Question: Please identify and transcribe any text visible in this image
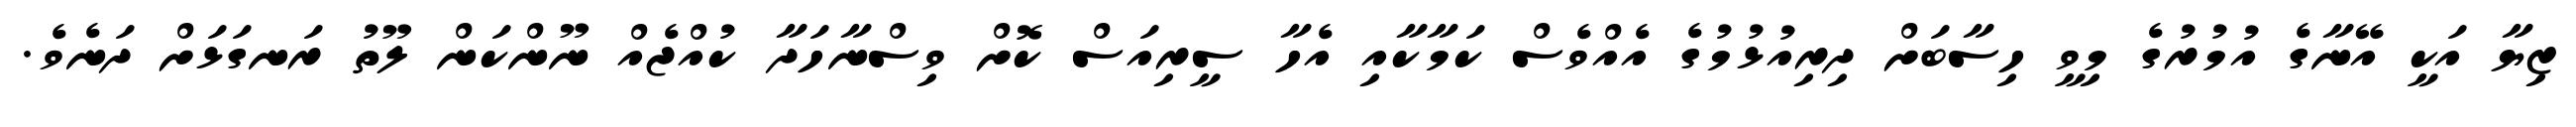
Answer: ޒިޔާ އަކީ އޭނާގެ އުމުރުގެ މިވީ ހިސާބަށް ދިރިއުޅުމުގެ އެއްވެސް ކަމާކާއި އެހާ ސީރިއަސް ކޮށް ވިސްނާހަދާ ކުއްޖެއް ނޫންކަން ލޫތު ރަނގަޅަށް ދަނެވެ.